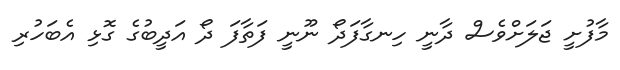
މާފުށީ ޖަލަށްވެސް ދާނީ ހިނގާފަދޯ ނޫނީ ފަތާފަ ދޯ އަދީބުގެ ގޮޅި އެބަހުރި